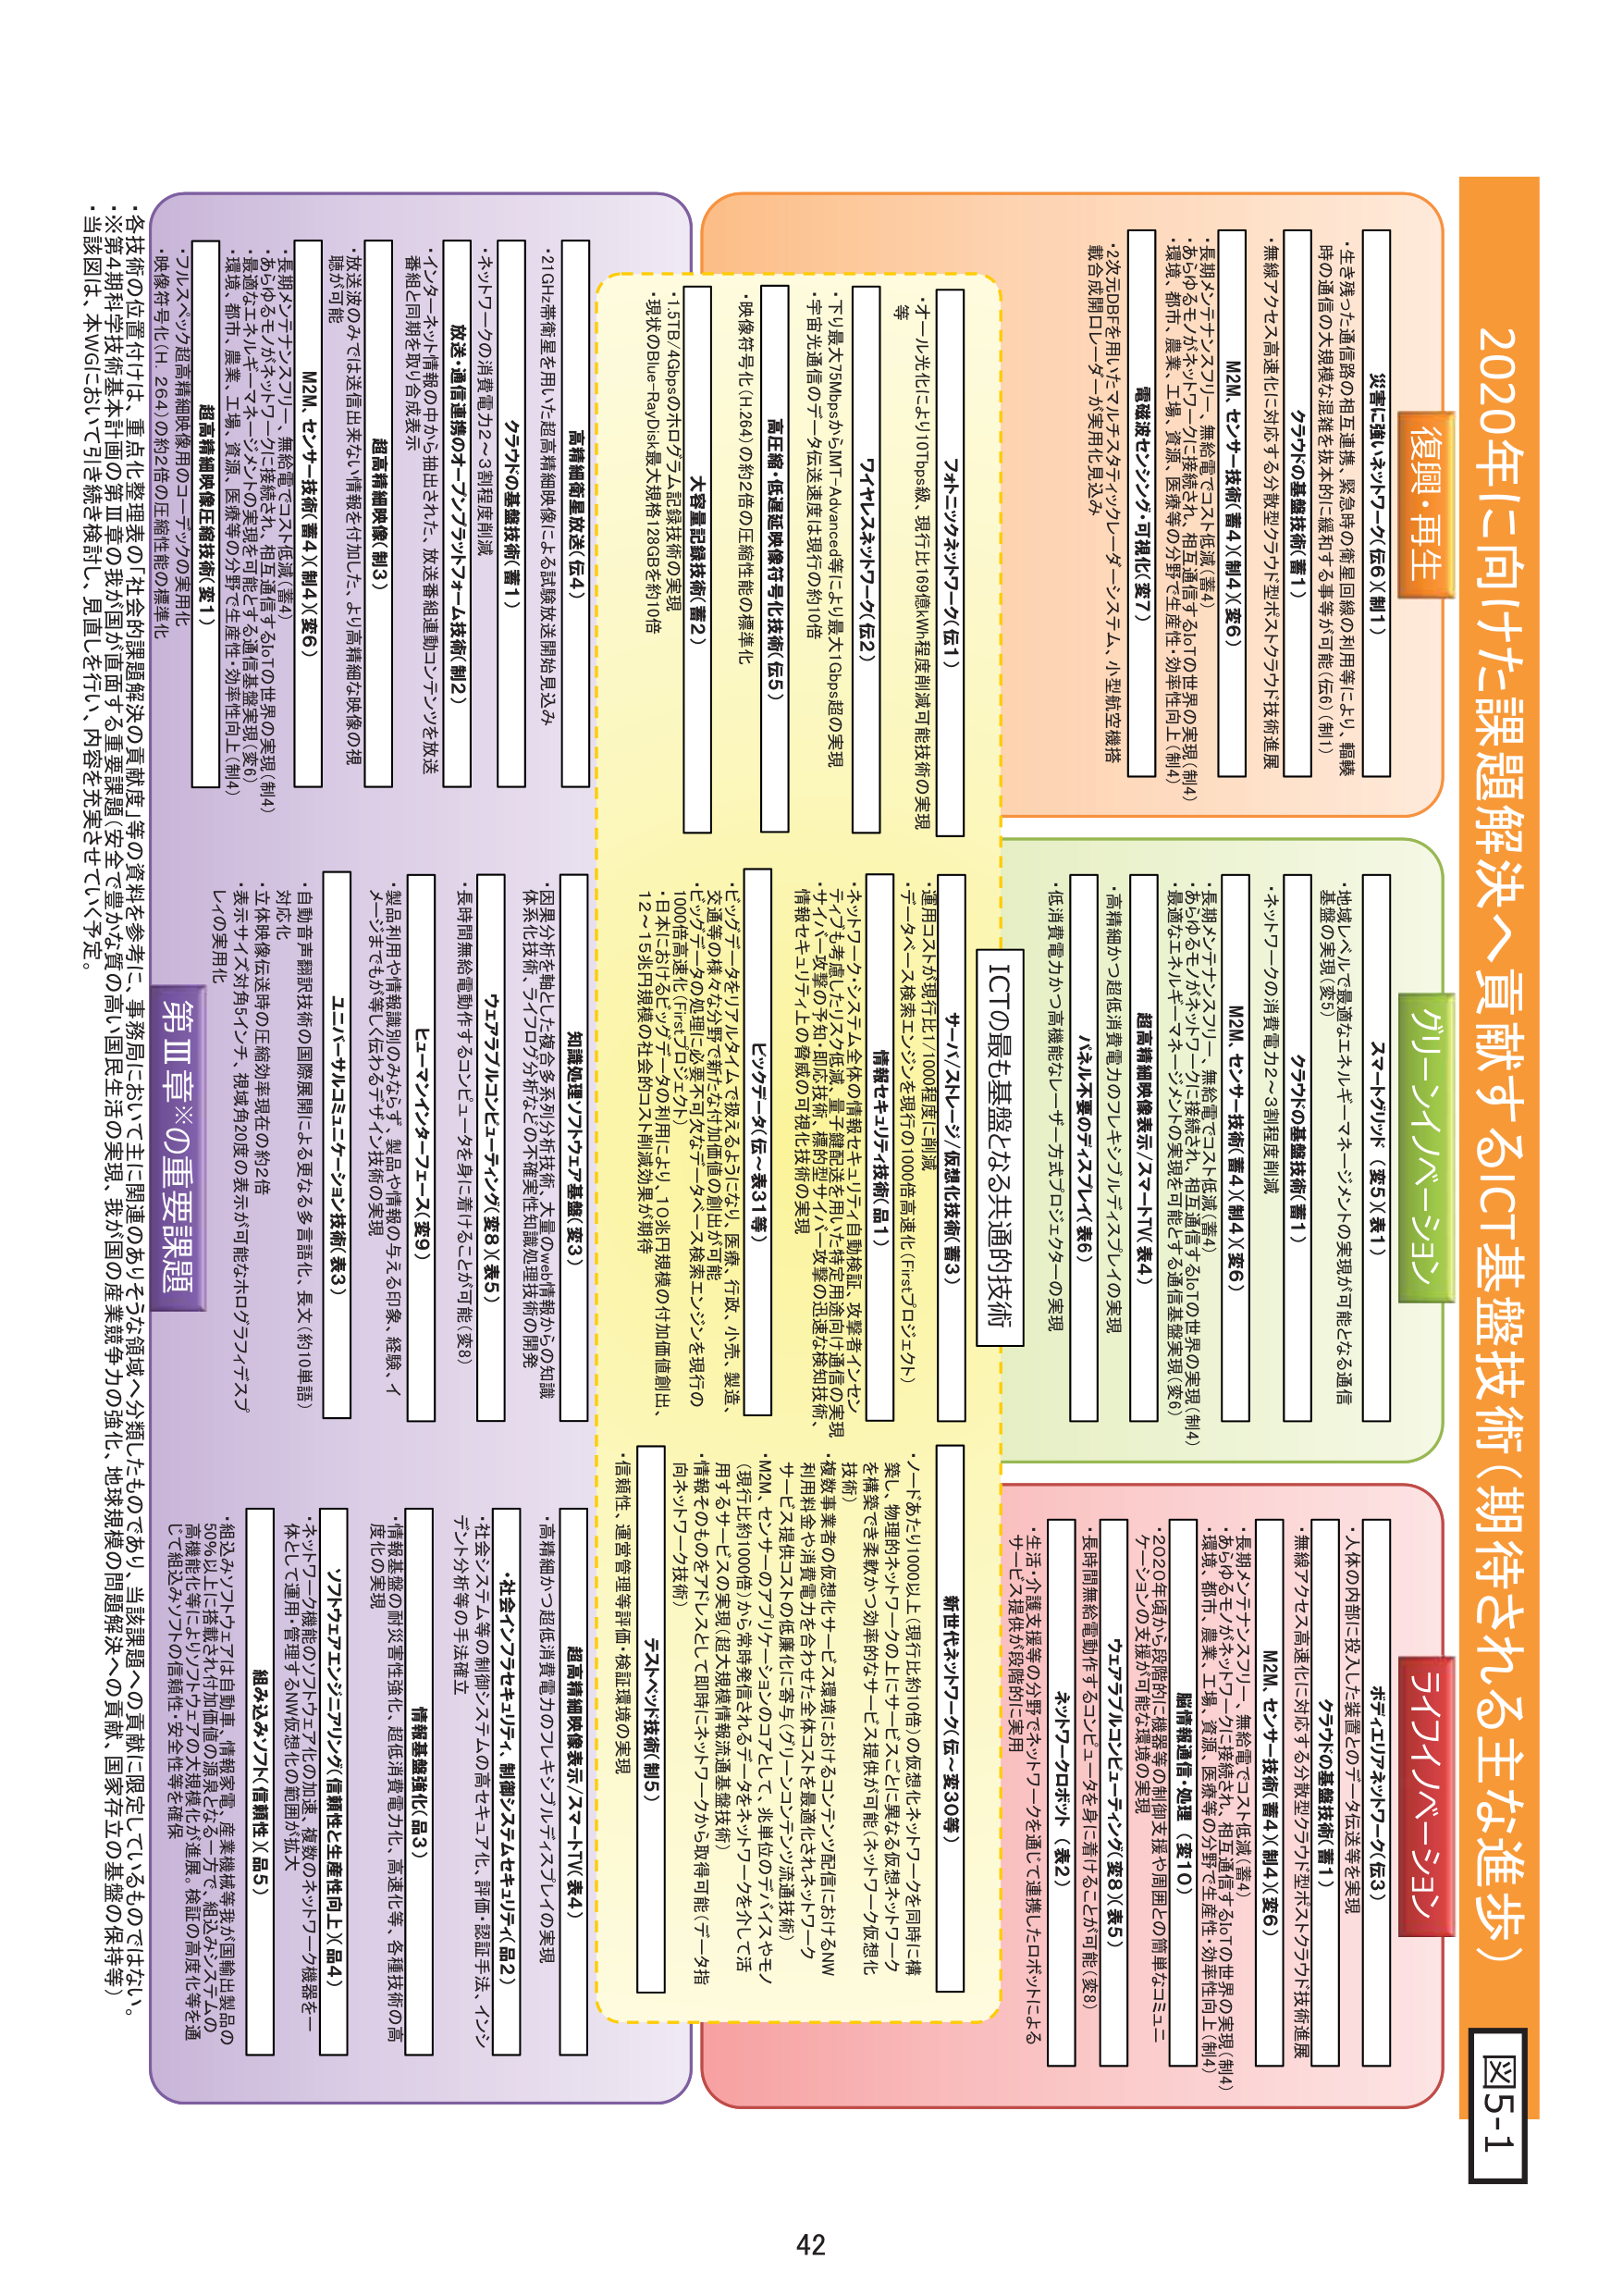
2020年に向けた課題解決へ貢献するICT基盤技術（期待される主な進歩）

復興・再生
災害に強いネットワーク（仮6）（制1）
・生き残った通信路の相互連携・緊急時の衛星回線の利用等により、輻輳時の通信の大規模な混雑を抜本的に緩和する事等が可能（仮6）（制1）
・無線アクセス高速化に対応する分散型クラウド型ネットワーキング技術進展
クラウドの基盤技術（蓄1）
M2M・センサ・技術（蓄4）（制4）（変6）
・長期メモリ・ナノスクリーン・無給電でコネクト低減（蓄4）
・あらゆるモノがネットワークに接続され、相互通信するIoTの世界の実現（制4）
・環境、都市、農業、工場、資源、医療等の分野で生産性・効率性向上（制4）
電磁波センシング・可視化（変7）
・2次元DBFを用いたマルチスクリーン・ユーザー・システム、小型航空機搭載合成開口レーダーが実用化見込み

グリーンインバージョン
スマートグリッド（変5）（蓄1）
・地域レベル（最適なエネルギー・マネージメントの実現が可能となる通信基盤の実現（変5）
・ネットワークの消費電力2～3割程度削減
クラウドの基盤技術（蓄1）
M2M・センサ・技術（蓄4）（制4）（変6）
・長期メモリ・ナノスクリーン・無給電でコネクト低減（蓄4）
・あらゆるモノがネットワークに接続され、相互通信するIoTの世界の実現（制4）
・環境、都市、農業、工場、資源、医療等の分野で生産性・効率性向上（制4）
・最適なエネルギー・マネージメントの実現を可能とする通信基盤実現（変6）
超高精細映像表示／スマートTV（変4）
・高精細かつ超低消費電力のフレキシブルディスプレイの実現
・低消費電力かつ高機能なユーザー方式プロビジョニングの実現
パネル不要のディスプレイ（変6）
ICTの最も基盤となる共通的技術

ネットワーク（仮1）
・オール光化により1010bps級、現行比169億WM程度削減可能技術の実現等
ブロードバンド・アクセス（仮2）
・下り最大15Mbpsから100MT-Advanced等により最大1Gbps超の実現
・宇宙光通信のデータ伝送速度は現行の約10倍
高圧縮・低遅延映像符号化技術（仮5）
・映像符号化（H.264）の約2倍の圧縮性能の標準化
大容量記録技術（蓄2）
・1.5TB/4Gbpsのホログラム記録技術の実現
・現状のBlue-RaDisk最大規格128GBを約10倍
情報セキュリティ・技術（品1）
・ネットワーク・システム全体の情報セキュリティ自動検証・攻撃者（インシデント）も考慮したリスク低減・量子鍵配送を用いた特定用途向け通信の実現
・サイバー攻撃の予知・即応技術、複数型サイバー攻撃の迅速な検知技術、情報セキュリティ上の脅威の可視化技術の実現
ビッグデータ（仮～変31等）
・ビッグデータをリアルタイムで扱えるように（処理、医療、行政、小売、製造、交通等の様々な分野で新たな付加価値の創出が可能）
・100倍高速化（処理プロセス）可
・日本におけるビッグデータの利用により、10兆円規模の付加価値創出、12～15兆円規模の社会的コスト削減効果が期待
サーバ／クレーン／仮想化技術（蓄3）
・運用コストが現行比1/1000程度に削減
・データベース検索エンジンを現行の1000倍高速化（Firstプロビジョニング）
新世代ネットワーク（仮～変30等）
・ノードあたり1000以上（現行比約10倍）の仮想化ネットワークを同時に構築、物理的ネットワークの上にサービスごとに異なる仮想ネットワークを構築でき柔軟かつ効率的なサービス提供が可能（ネットワーク仮想化技術）
・複数事業者の仮想化サービス環境におけるコラボレーション配信におけるNW利用料金や消費電力を合わせた全体コストを最適化されたネットワークサービス提供コストの低廉化に寄与（グリーンコラボレーション流通技術）
・M2M、センサーやクラウド・コンピューティング、光単位のデータパイプライン（現行比約1000倍）から常時発信されるデータをネットワークを介して活用するサービスの実現（超大規模情報流通基盤技術）
・情報そのものをデバイスとして即時にネットワークから取得可能（データ指向ネットワーク技術）
デジタル技術（制5）
・信頼性、運営管理等評価・検証環境の実現

第Ⅲ章※の重要課題
超高精細映像・画像技術（変1）
・フルハイビジョン超高清細映像のコードマップの実用化
・映像符号化（H.264）の約2倍の圧縮性能の標準化
高精細映像（制3）
・放送波のみでは送信出来ない情報を付加した、より高清細な映像の視聴が可能
M2M・センサ・技術（蓄4）（制4）（変6）
・長期メモリ・ナノスクリーン・無給電でコネクト低減（蓄4）
・あらゆるモノがネットワークに接続され、相互通信するIoTの世界の実現（制4）
・最適なエネルギー・マネージメントの実現を可能とする通信基盤実現（変6）
・環境、都市、農業、工場、資源、医療等の分野で生産性・効率性向上（制4）
高精細衛星放送（仮4）
・21GHz帯衛星を用いた超高精細映像による試験放送開始見込み
クラウドの基盤技術（蓄1）
・ネットワークの消費電力2～3割程度削減
放送・通信連携のオーディオ／ビジュアル技術（制2）
・バーチャル情報の中から抽出された、放送番組連動コンテンツを放送番組と同期を取り合成表示
知識処理・ソリューション基盤（変3）
・因果分析を軸とした複合多系列分析技術、大量のWeb情報からの知識体系化技術、ライフログ分析などの不確実性知識処理技術の開発
エコ・スマート・ターミナル（変9）
・製品利用や情報識別のあらゆるデータ、製品や情報の与える印象、経験、イメージをもつ等（仮わるデザイナー技術）の実現
エコ・スマート・ターミナル（変9）
・製品利用や情報識別のあらゆるデータ、製品や情報の与える印象、経験、イメージをもつ等（仮わるデザイナー技術）の実現
超高精細映像表示／スマートTV（変4）
・高精細かつ超低消費電力のフレキシブルディスプレイの実現
社会インフラセキュリティ、制御システムセキュリティ（品2）
・社会インフラ等の制御システムの高セキュリティ化、評価・認証手法、インシデント分析等の手法確立
情報基盤強化（制3）
・情報基盤の耐災害性強化、超低消費電力化、高速化等、各種技術の高度化の実現
ソフトウェアエンジニアリング（信頼性と生産性向上）（品4）
・ネットワーク機能のソフトウェア化の加速、複数のネットワーク機器を一体として運用・管理するNW仮想化の範囲が拡大
組込みみソフト（信頼性）（品5）
・組込みソフトウェアは自動車、情報家電、産業機械等複数製品の50％以上に搭載され、これに加え、液晶パネル、高機能化等に至る。検証の高度化等を通じて組込みソフトの信頼性・安全性等を確保

※各技術の位置付けは、重点化整理表の「社会的課題解決の貢献度」等の資料を参考に、事務局において主に関連のある分野に分類したものであり、当該課題への貢献に限定しているものではない。
※第4期科学技術基本計画の第Ⅲ章の我が国が直面する重要課題（安全で豊かな質の高い国民生活の実現、我が国の産業競争力の強化、地球規模の問題解決への貢献、国家存立の基盤の保持等）
・当該図は、本WGにおいて引き続き検討し、見直しを行い、内容を充実させていく予定。

図5-1
42